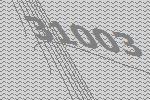
31003